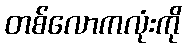
တစ်လောကလုံးကို